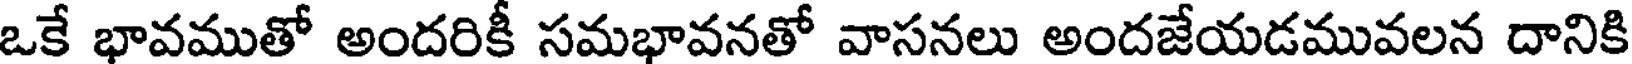
ఒకే భావముతో అందరికీ సమభావనతో వాసనలు అందజేయడమువలన దానికి